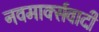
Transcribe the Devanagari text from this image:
नवमार्क्सवादी